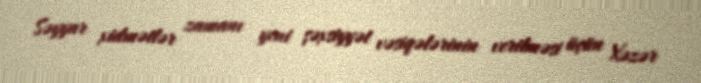
Səyyar xidmətlər zamanı yeni şəxsiyyət vəsiqələrinin verilməsi üçün Xəzər